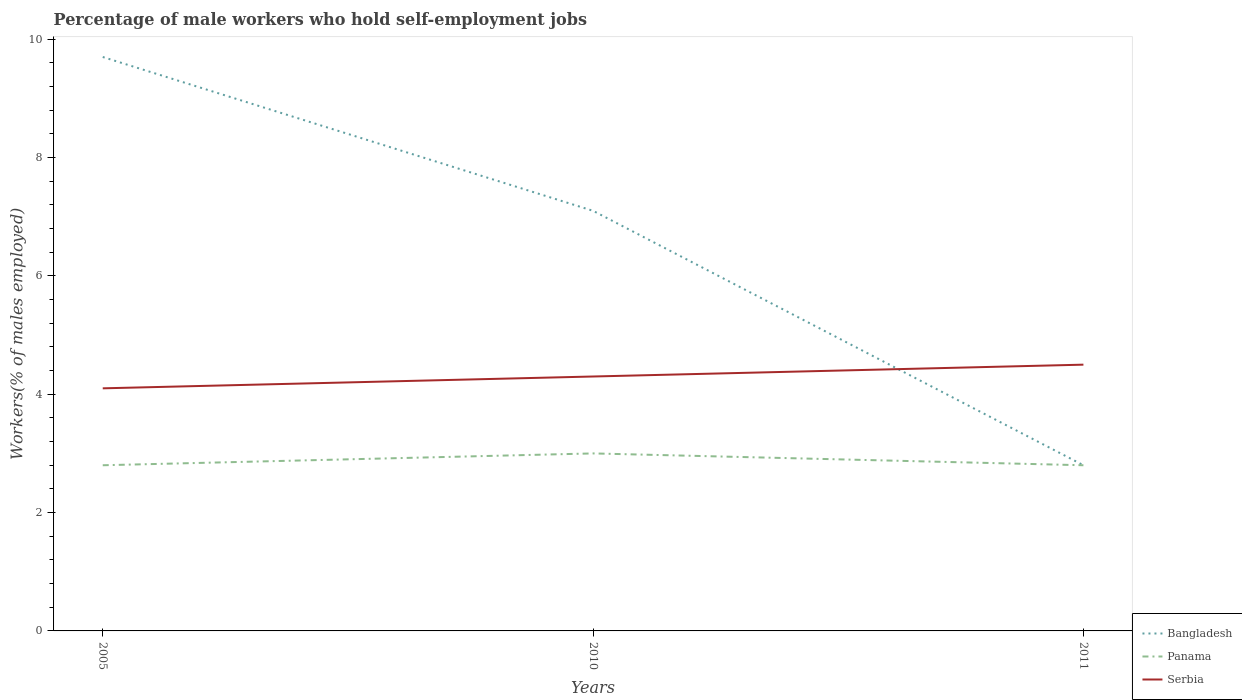
| Years | Bangladesh | Panama | Serbia |
 | --- | --- | --- | --- |
 | 2005 | 9.7 | 2.8 | 4.1 |
 | 2010 | 7.1 | 3 | 4.3 |
 | 2011 | 2.8 | 2.8 | 4.5 |